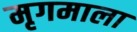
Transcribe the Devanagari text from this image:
मृगमाला